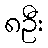
၈ဦး